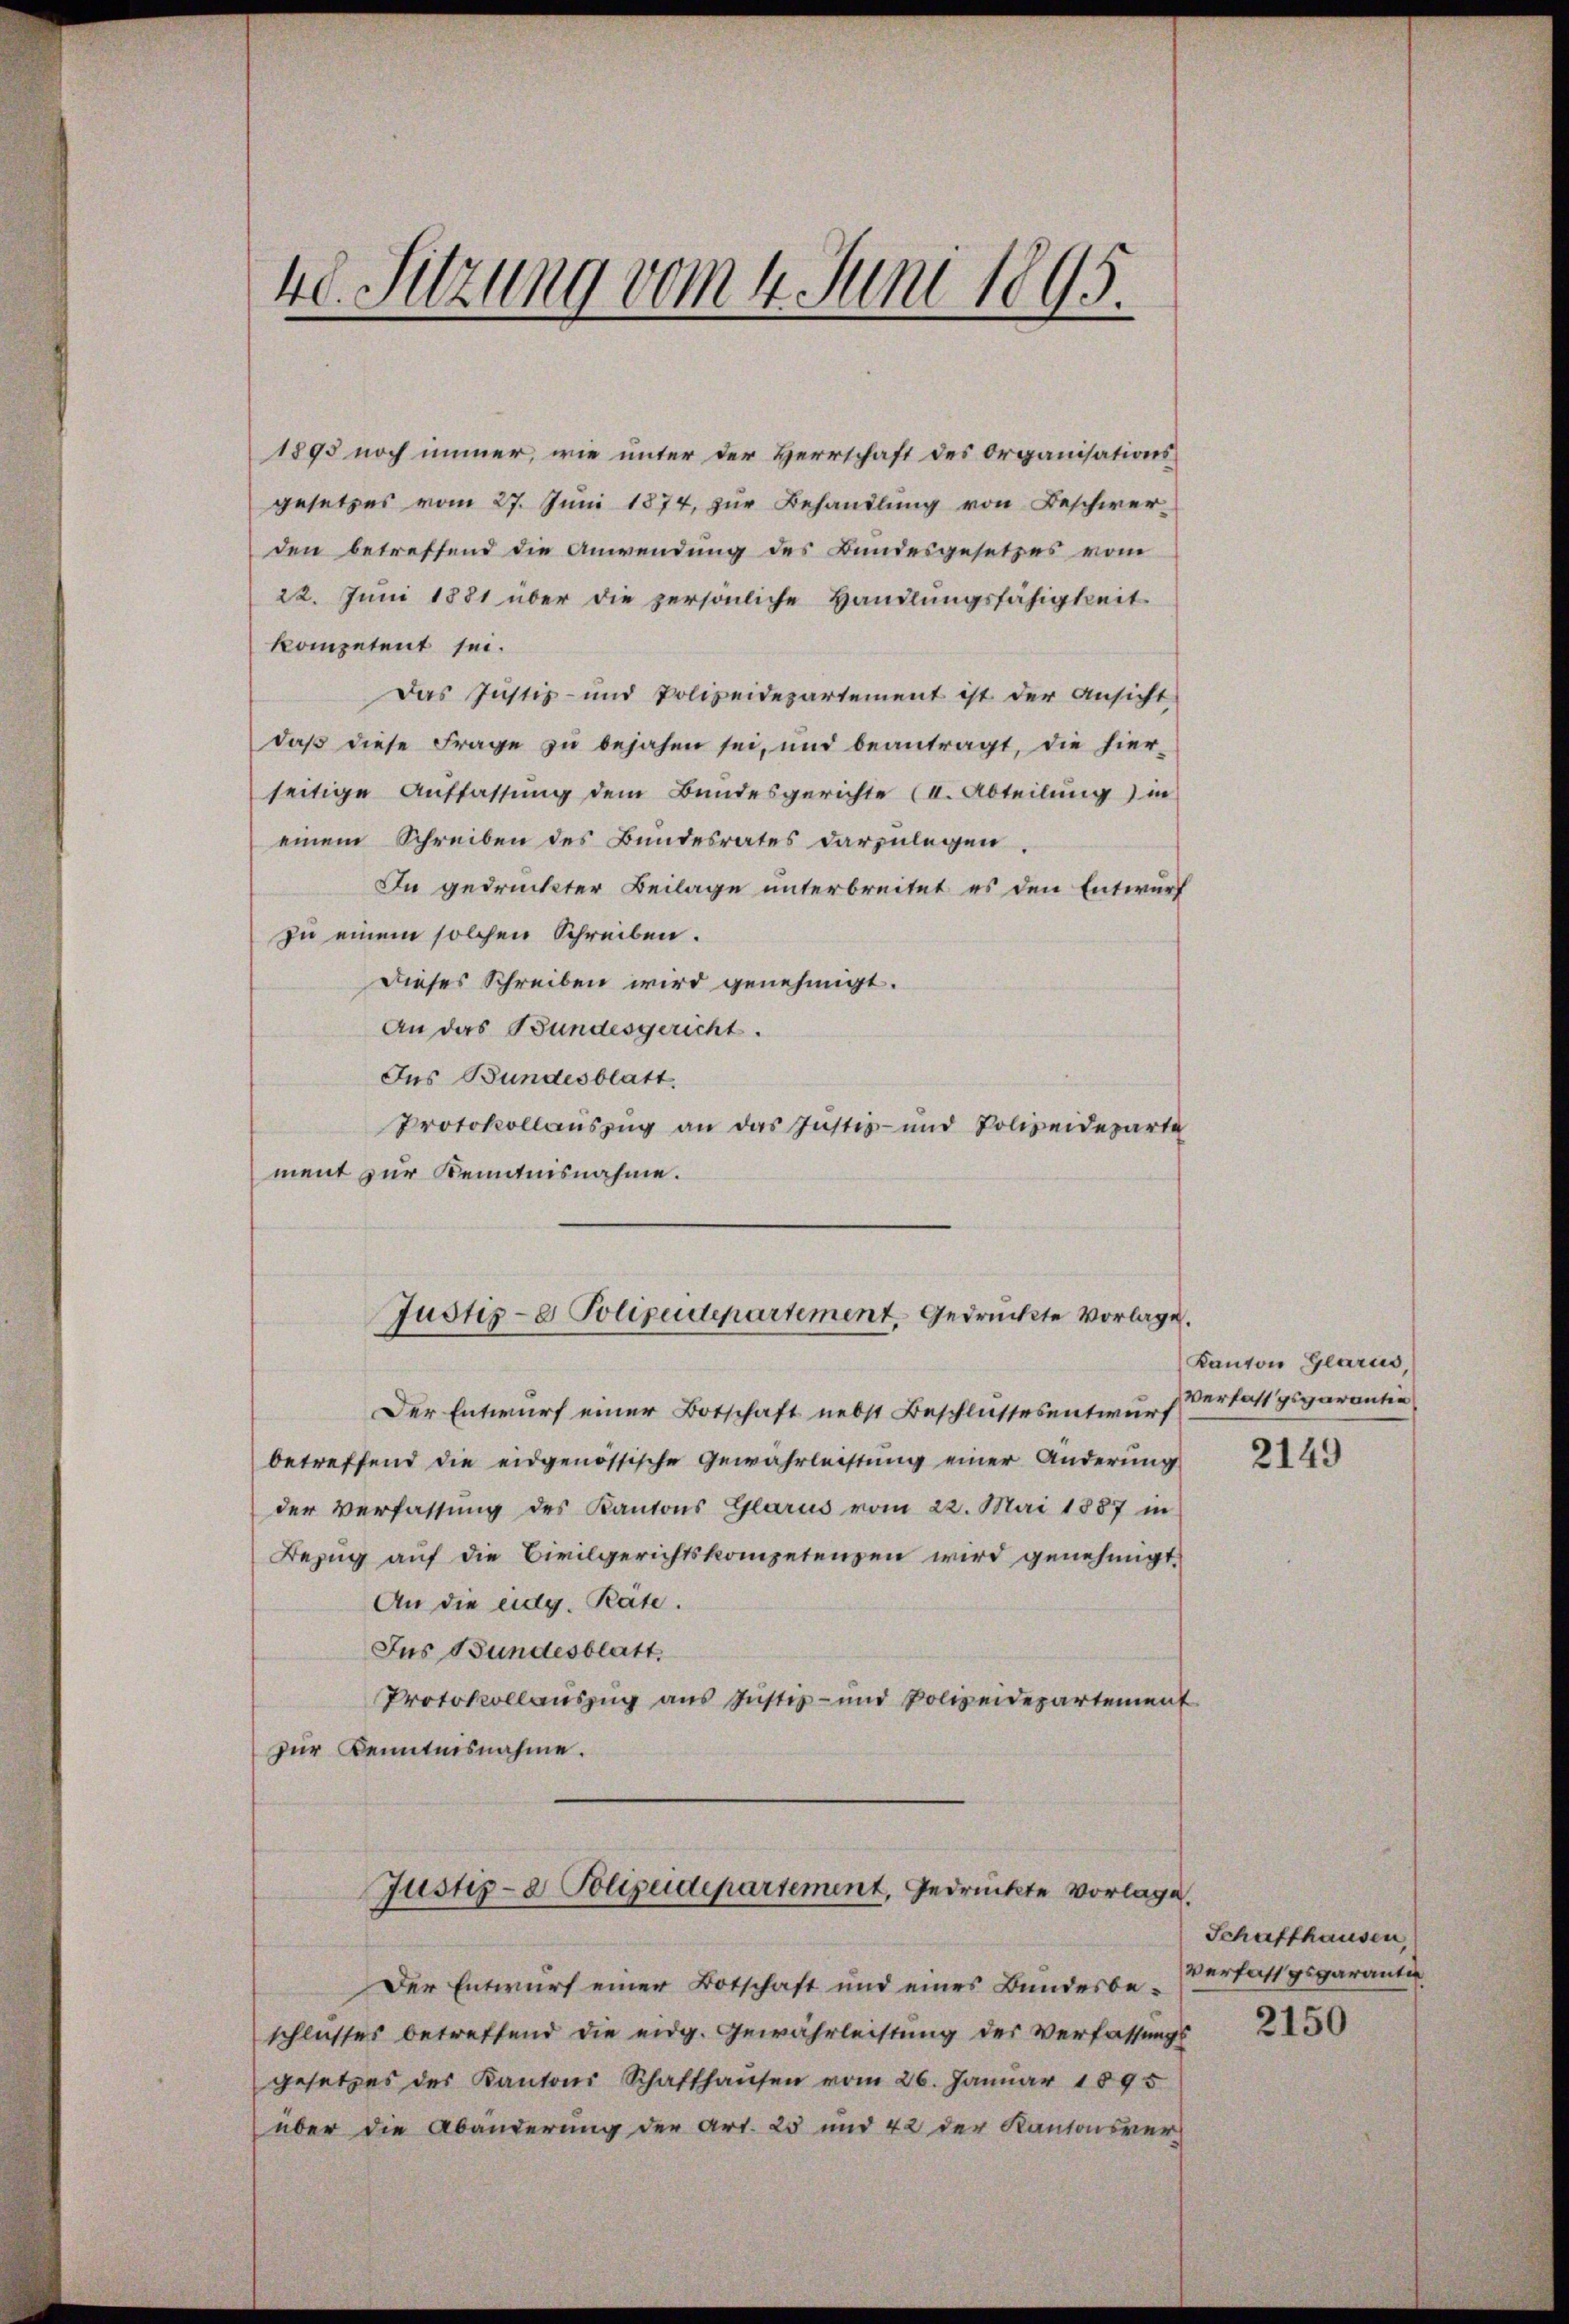
40. Sitzung vom 4. Juni 1895.

1895 noch immer, wie unter der Herrschaft des Organisations-
gesetzes vom 27. Juni 1874 zur Behandlung von Beschwer-
den betreffend die Anwendung des Bundesgesetzes vom
22. Juni 1881 über die persönliche Handlungsfähigkeit
kompetent sei.
Das Justiz- und Polizeidepartement ist der Ansicht
daβ diese Frage zu bejahen sei, und beantragt, die hier-
seitige Auffassung dem Bundesgerichte (I. Abteilung) in
einem Schreiben des Bundesrates darzulegen.
In gedruckter Beilage unterbreitet es den Entwurf
zu einem solchen Schreiben.
Dieses Schreiben wird genehmigt.
An das Bundesgericht.
Ins Bundesblatt.
Protokollauszug an das Justiz- und Polizeideparte
ment zur Kenntnisnahme.
Justiz- & Polizeidepartement gedruckte Vorlage.
Der Entwurf einer Botschaft nebst Beschlussesentwurf
betreffend die eidgenössische Gewährleistung einer Änderung
der Verfassung des Kantons Glarus vom 22. Mai 1887 in
Bezug auf die Civilgerichtskompetenzen wird genehmigt.
An die ag. Rate.
Jus Bundesblatt
Protokollaŭszŭg ans Justiz- und Polizeidepartement
zur Kenntnisnahme.
Justiz- & Polizeidepartement, gedruckte vorlage.
Der Entwurf einer Botschaft und eines Bundesbe-
schlusses betreffend die eidg. Gewährleistung der Verfassungs
gesetzes des Kantons Schafthaŭsen vom 26. Januar 1895
über die Abänderung der Art. 25 und 42 der Kantonsver¬

Kanton Glarus
Verfassgsgarantie

2149

Schaffhausen,
Verfassgsgarantie

2150